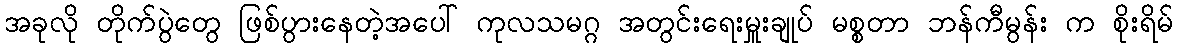
အခုလို တိုက်ပွဲတွေ ဖြစ်ပွားနေတဲ့အပေါ် ကုလသမဂ္ဂ အတွင်းရေးမှူးချုပ် မစ္စတာ ဘန်ကီမွန်း က စိုးရိမ်